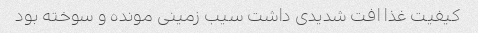
کیفیت غذا افت شدیدی داشت سیب زمینی مونده و سوخته بود